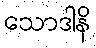
သောဒါနိ